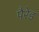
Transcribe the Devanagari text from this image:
पैरेड